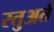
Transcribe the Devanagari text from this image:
स्तुअर्त